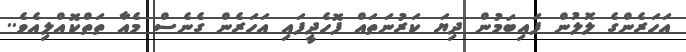
އަހަރެންގެ ލޮލުން ފައިބަމުން ދިޔަ ކަރުނަތައް ފޮހެދީފައި އަހަރެން ގެނެސް މެއާ ތަތްކޮއްލިއެވެ..